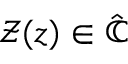
\mathcal { Z } ( z ) \in \hat { \mathbb { C } }